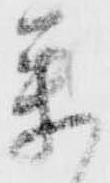
参